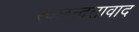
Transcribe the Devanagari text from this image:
स्वछन्दतावाद